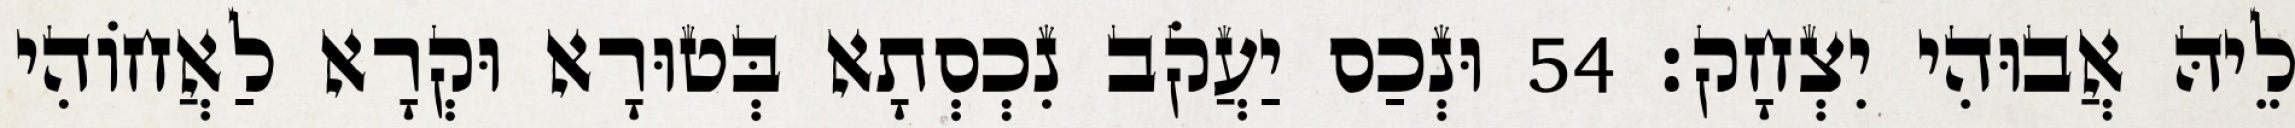
לֵיהּ אֲבוּהִי יִצְחָק׃ 54 וּנְכַס יַעֲקֹב נִכְסְתָא בְּטוּרָא וּקְרָא לַאֲחוֹהִי